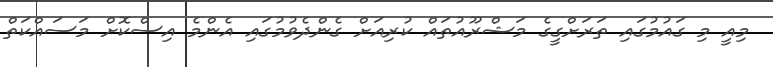
މިއީ މި ގައުމުގައި ތަރަށްގީގެ މަޝްރޫއުތައް ކުރިއަށް ގެންދެވުމުގައި އެންމެ އިސްކޮށް މަސައްކަތް